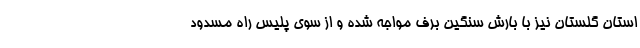
استان گلستان نیز با بارش سنگین برف مواجه شده و از سوی پلیس راه مسدود